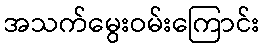
အသက်မွေးဝမ်းကြောင်း